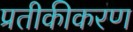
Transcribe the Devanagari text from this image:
प्रतीकीकरण